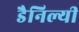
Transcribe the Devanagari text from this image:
डैनिल्यी